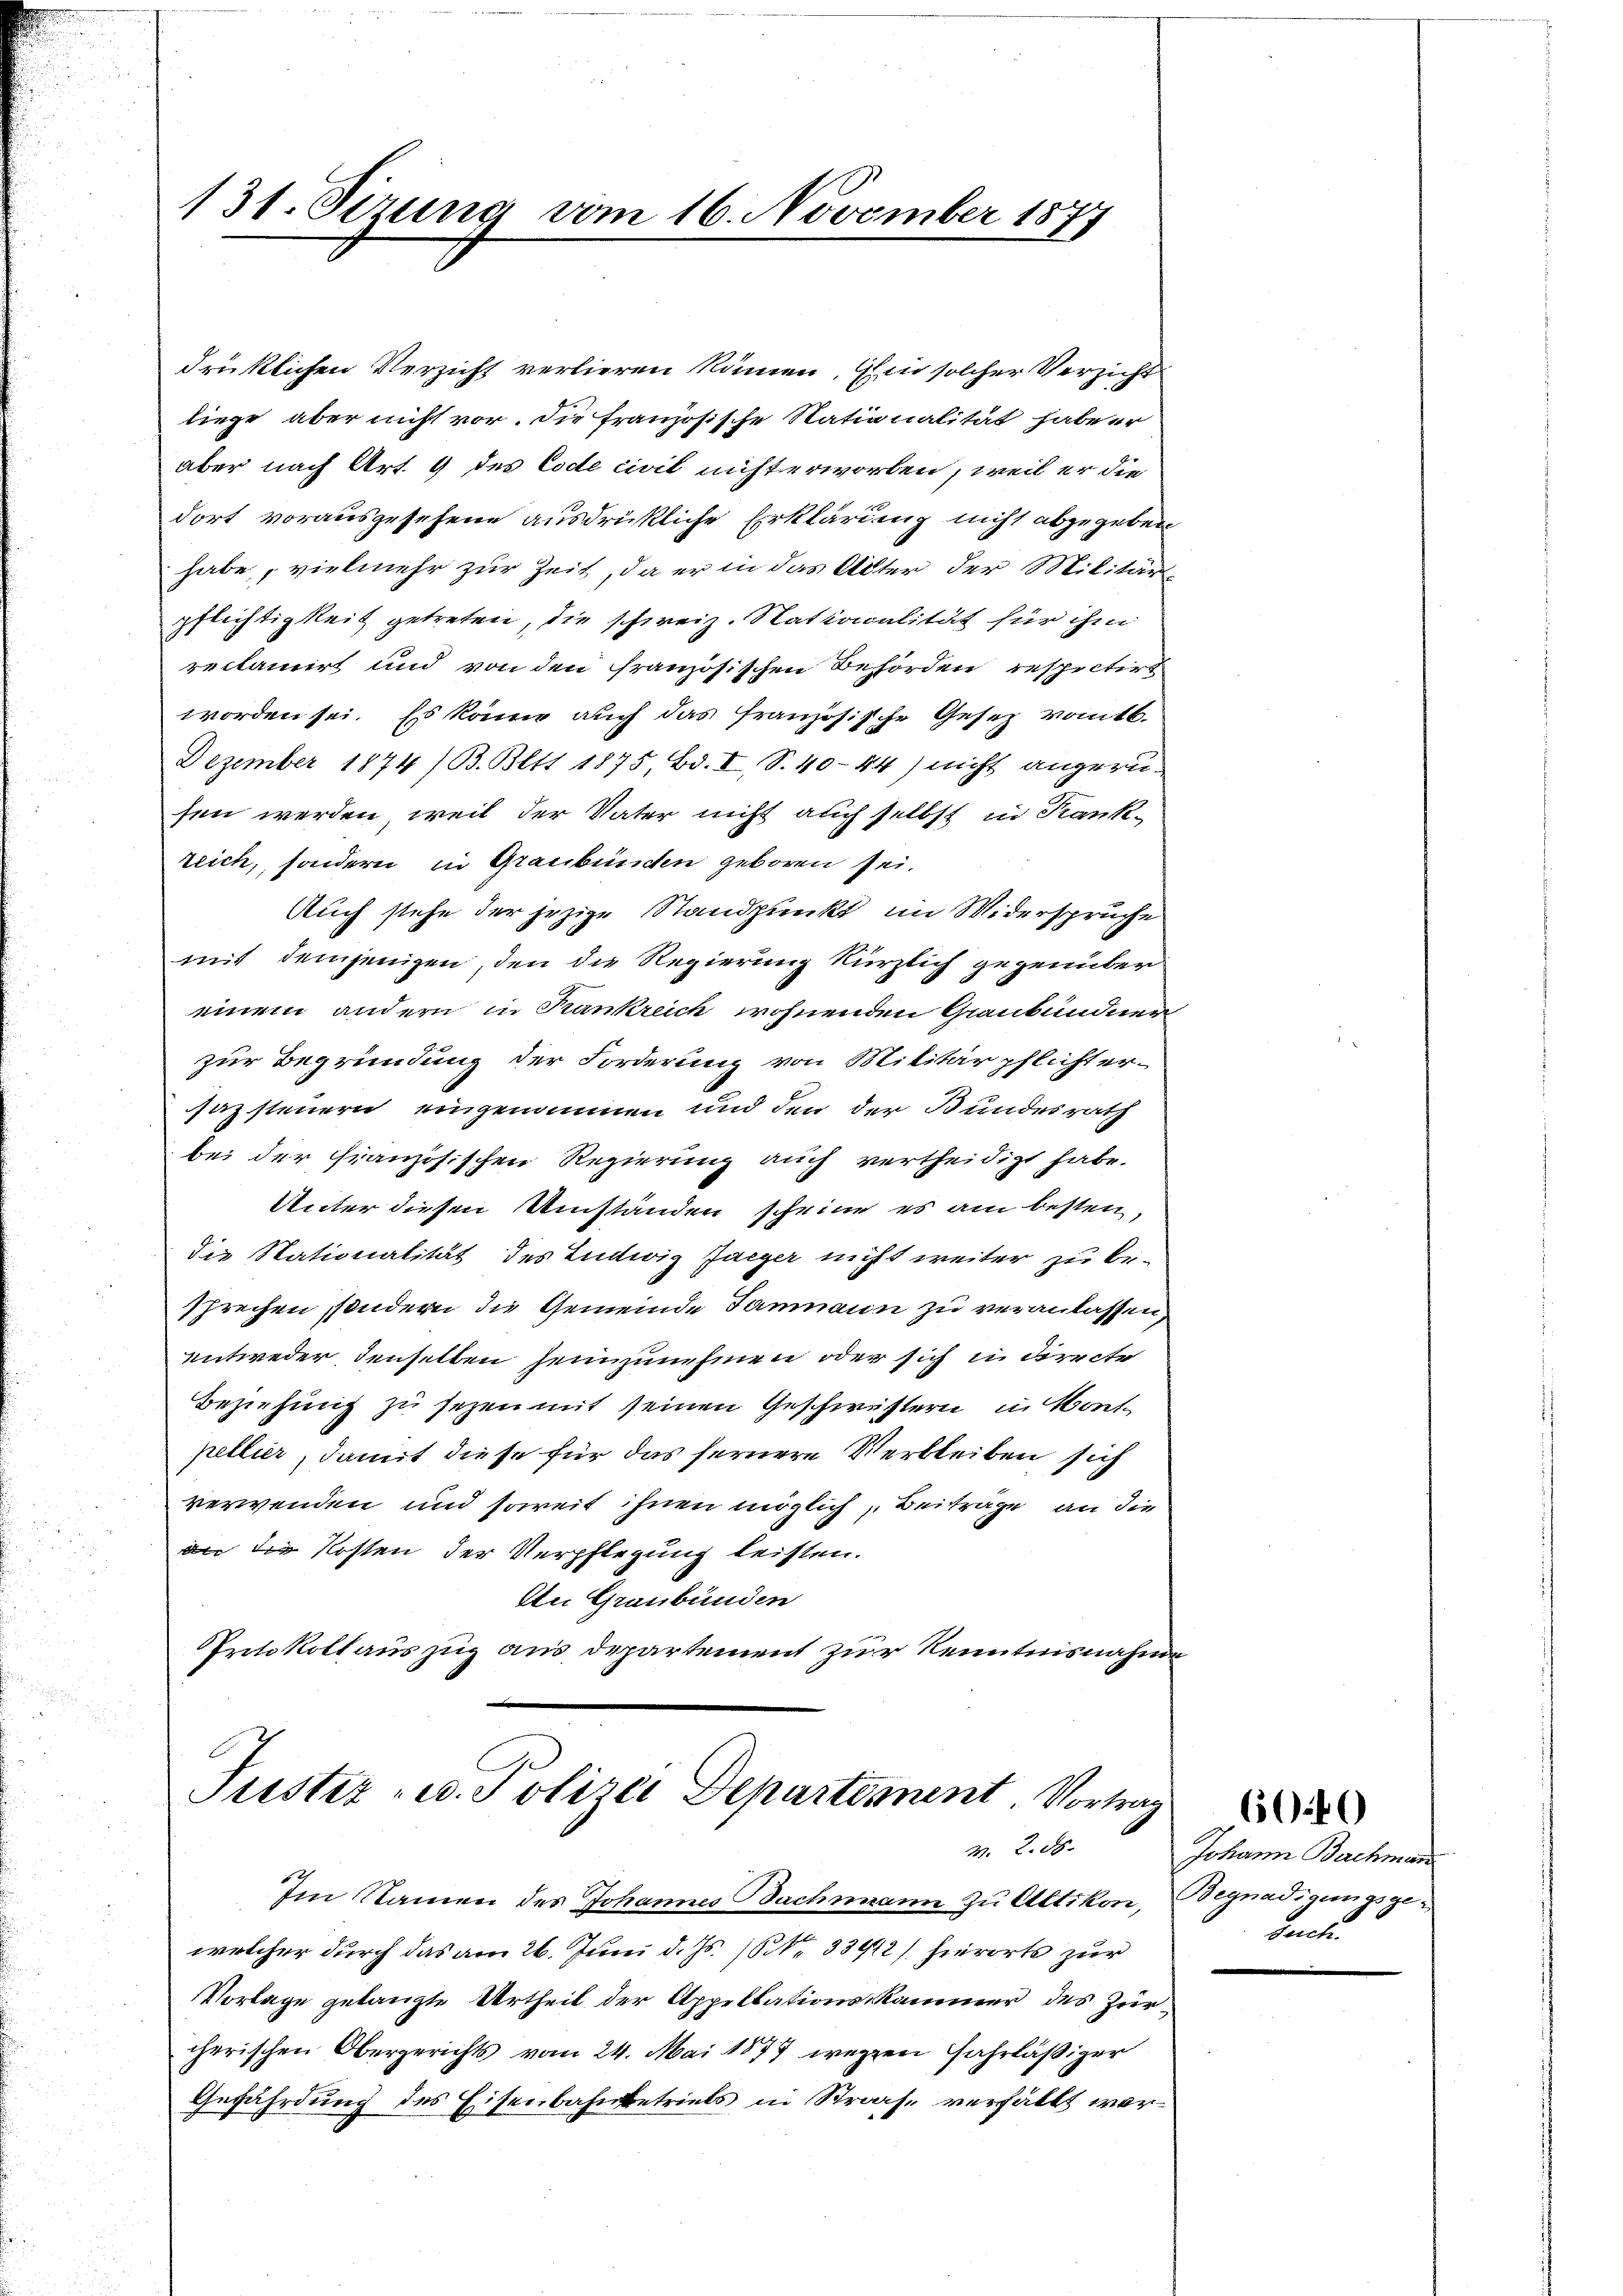
131. Sezung vom 16. November 1877

drüklichen Verzicht verlieren können, in solcher Verzicht
liege, aber nicht vor. Die Französische Nationalität habe er
aber nach Art. 9 des Code civil nichterworben, weil er die
dort vorausgesehene ausdrückliche Erklärung nicht abzugeben
habe, vielmehr zur Zeit, da er in das Alter der Militär
pflichtigkeit getreten, die schweiz. Nationalität für ihm
reclamirt und von den französischen Behörden respectirt
worden sei. Es kann auch das französische Gesetz vomtb.
Dezember 1874 /B. Bett 1875, Bd. I, S. 40-44) nicht angerusen werden, weil der Vater nicht auch selbst in Krank-
reich, sondern in Graubünden geboren sei.
Auch stehe der jezige Standpunkt im Widersprüche
mit demjenigen, den die Regierung kürzlich gegenüber
einem andern in Krankreich wohnenden Graubündner
zur Begründung der Forderung von Militärpflicht er-
sazsteuern eingenommen und den der Bundesrath
bei der französischen Regierung auch vertheidigt habe.
Unter diesen Umständen scheine es am besten,
die Stationalität des Ludwig Jaeger nicht weiter zu besprechen sondern die Gemeinde Janmann zu veranlassen,
entweder denselben heimzunehmen oder sich in directe
Beziehung zu sezen mit seinen Geschwistern in Kont-
peller, damit diese für das fernere Verbleiben sich
verwenden und soweit ihnen möglich, Beitrage, an die
an die Kosten der Verpflegung leisten.
An Graubünden
Protokoll auszug aus departement zur Kenntnisnahme

Justiz- u. Polizei Departement. Vortrag
w. 2. ds.

Im Namen des Johannes Sachmann zu Altikon, Begnadigungsgewelcher durch das am 26. Juni d. Js. (Nr. 33412/ hierorts zur
Vorlage gelangte Urtheil der Appellationskammer des Zürcherischen Obergerichts vom 24. Mai 1879 wegen Fahrläßiger
Gefährdung des Eisenbahnbetriebs in Strafe verfällt wer¬

Johann Bachman
dencke.

6040